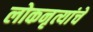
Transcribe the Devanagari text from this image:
लोकनृत्यांचे